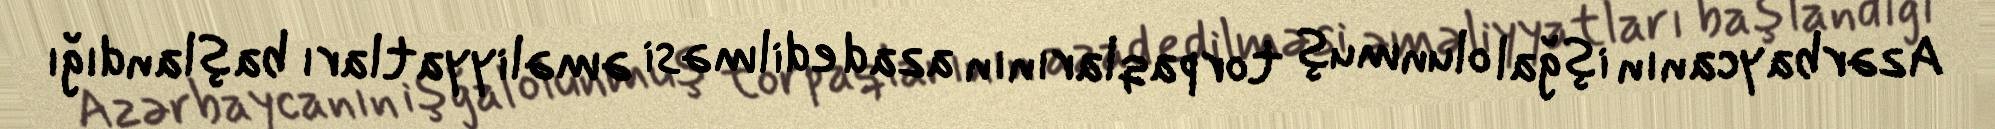
Azərbaycanın işğal olunmuş torpaqlarının azad edilməsi əməliyyatları başlandığı